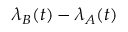
\lambda _ { B } ( t ) - \lambda _ { A } ( t )